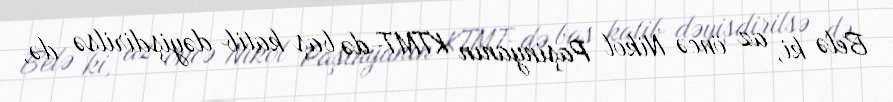
Belə ki, az öncə Nikol Paşinyanın KTMT-də baş katib dəyişdirilsə də,